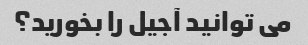
می توانید آجیل را بخورید؟